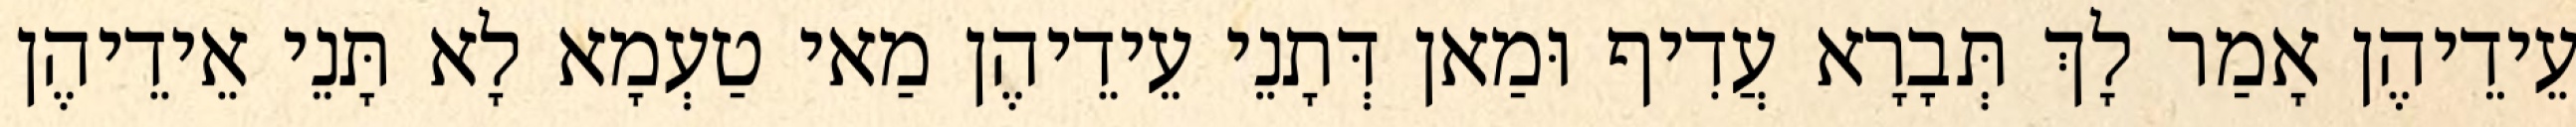
עֵידֵיהֶן אָמַר לָךְ תְּבָרָא עֲדִיף וּמַאן דְּתָנֵי עֵידֵיהֶן מַאי טַעְמָא לָא תָּנֵי אֵידֵיהֶן